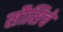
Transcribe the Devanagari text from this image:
सौसिचे